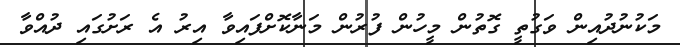
މަކުނުދުއިން ވަގުތީ ގޮތުން މީހުން ފުރުން މަނާކޮށްފައިވާ އިރު އެ ރަށުގައި ދުއްވާ